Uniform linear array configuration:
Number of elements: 16
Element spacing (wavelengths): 0.25
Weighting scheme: hann
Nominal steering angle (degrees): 30
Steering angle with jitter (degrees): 28.223
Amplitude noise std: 0.05
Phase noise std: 0.05

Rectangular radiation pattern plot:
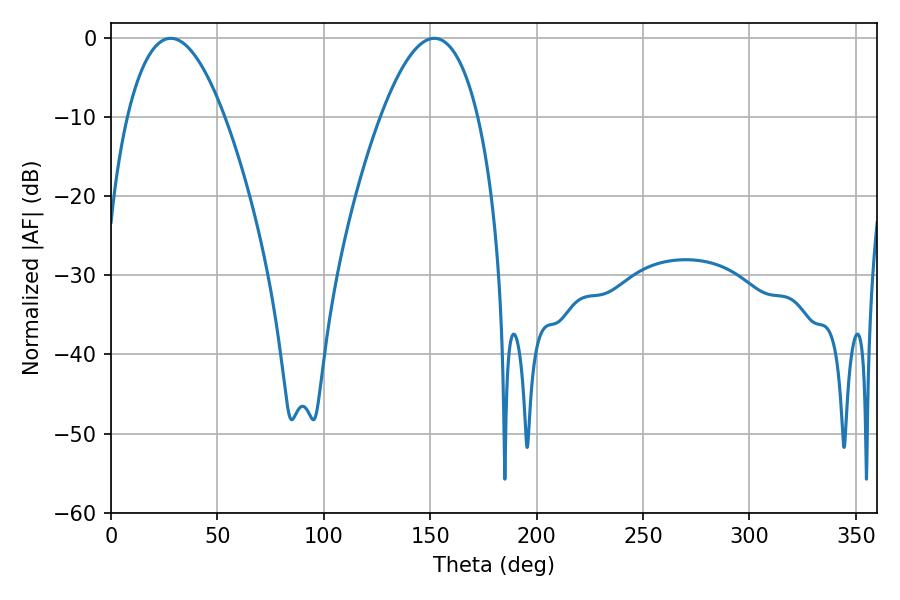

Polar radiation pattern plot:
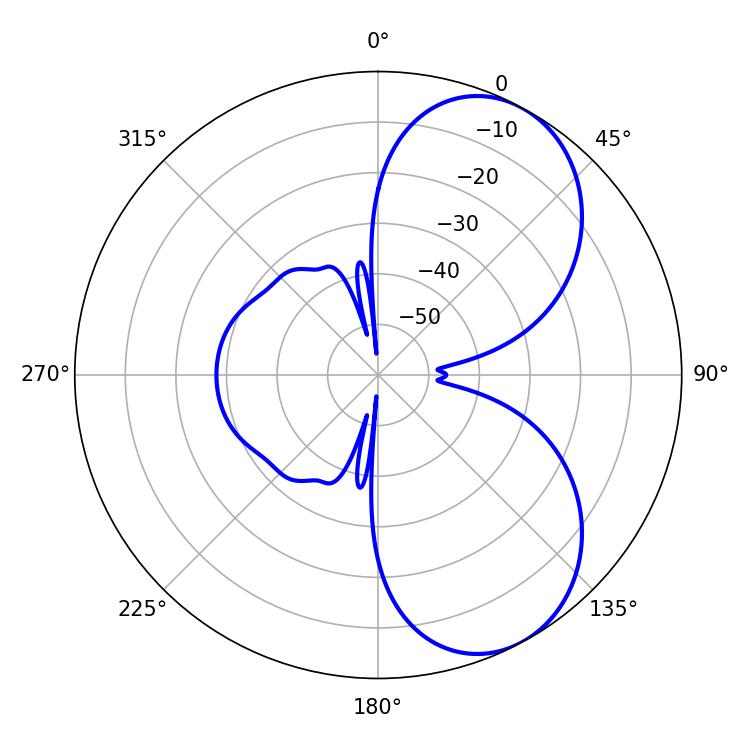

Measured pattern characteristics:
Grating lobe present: FALSE
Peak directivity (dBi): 6.427
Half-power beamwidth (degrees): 25.2
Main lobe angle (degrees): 28.08